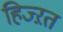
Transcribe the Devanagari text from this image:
हिज्ऱत